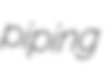
piping